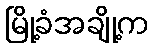
မြို့ခံအချို့က